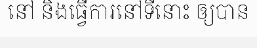
នៅ និងធ្វើការនៅទីនោះ ឲ្យបាន